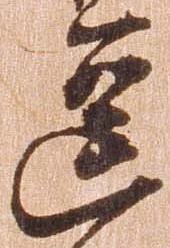
逗